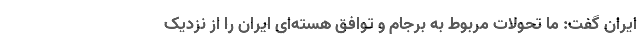
ایران گفت: ما تحولات مربوط به برجام و توافق هسته‌ای ایران را از نزدیک